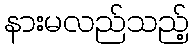
နားမလည်သည့်